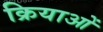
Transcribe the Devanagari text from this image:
क्रियाआें